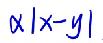
$\alpha|x - y|$